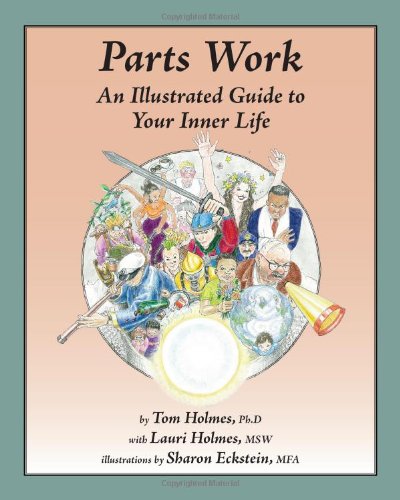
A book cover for Parts Work: An Illustrated Guide to Your Inner Life; Tom Holmes; Self-Help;